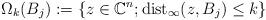
LaTeX: \begin{align*}\Omega_k(B_j) := \{ z \in \mathbb{C}^n; \operatorname{dist}_\infty (z,B_j) \leq k\}\end{align*}